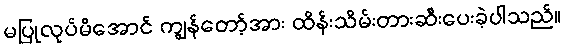
မပြုလုပ်မိအောင် ကျွန်တော့်အား ထိန်းသိမ်းတားဆီးပေးခဲ့ပါသည်။